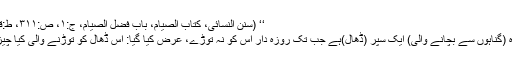
‘‘ (سنن النسائی، کتاب الصیام، باب فضل الصیام، ج:۱، ص:۳۱۱، ط:قدیمی)
’’روزہ (گناہوں سے بچانے والی) ایک سَپَر (ڈھال)ہے جب تک روزہ دار اس کو نہ توڑے، عرض کیا گیا: اس ڈھال کو توڑنے والی کیا چیز ہے؟